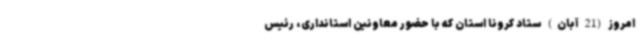
امروز (21 آبان) ستاد کرونا استان که با حضور معاونین استانداری، رئیس